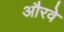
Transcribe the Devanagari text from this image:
औरवे